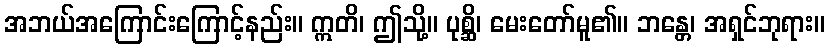
အဘယ်အကြောင်းကြောင့်နည်း။ ဣတိ၊ ဤသို့။ ပုစ္ဆိ၊ မေးတော်မူ၏။ ဘန္တေ၊ အရှင်ဘုရား။